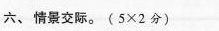
六、情景交际。(5\times2 分)